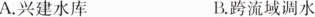
A.兴建水库 B.跨流域调水